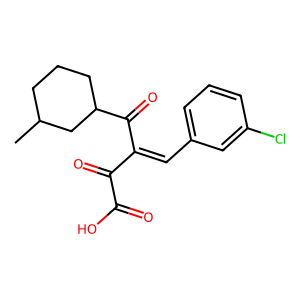
SMILES: CC1CCCC(C(=O)C(=Cc2cccc(Cl)c2)C(=O)C(=O)O)C1
Inhibits HIV replication: No